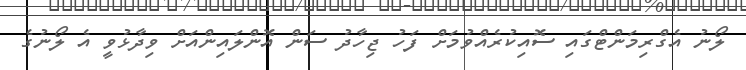
ލޯނު އެގްރިމަންޓްގައި ސޮއިކުރެއްވުމަށް ފަހު ޖިހާދު ސަން އޮންލައިންއަށް ވިދާޅުވީ އެ ލޯނުގެ